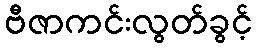
ဗီဇာကင်းလွတ်ခွင့်